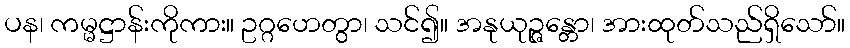
ပန၊ ကမ္မဋ္ဌာန်းကိုကား။ ဥဂ္ဂဟေတွာ၊ သင်၍။ အနုယုဉ္ဇန္တော၊ အားထုတ်သည်ရှိသော်။